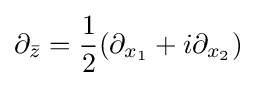
\partial _{\bar {z}}={\frac {1}{2}}(\partial _{x_{1}}+i\partial _{x_{2}})